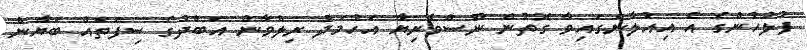
ފުލުހުންގެ އެ އިއުލާންގައިވާ ގޮތުން ނޫސްވެރިޔާ އަހުމަދު ރިލްވާން އަބްދުގެ ސިފަތައް ބަޔާން